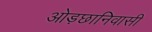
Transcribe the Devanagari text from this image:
ओड़छानिवासी